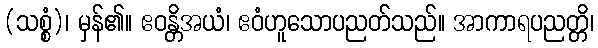
(သစ္စံ)၊ မှန်၏။ ဧဝန္တိအယံ၊ ဧဝံဟူသောပညတ်သည်။ အာကာရပညတ္တိ၊